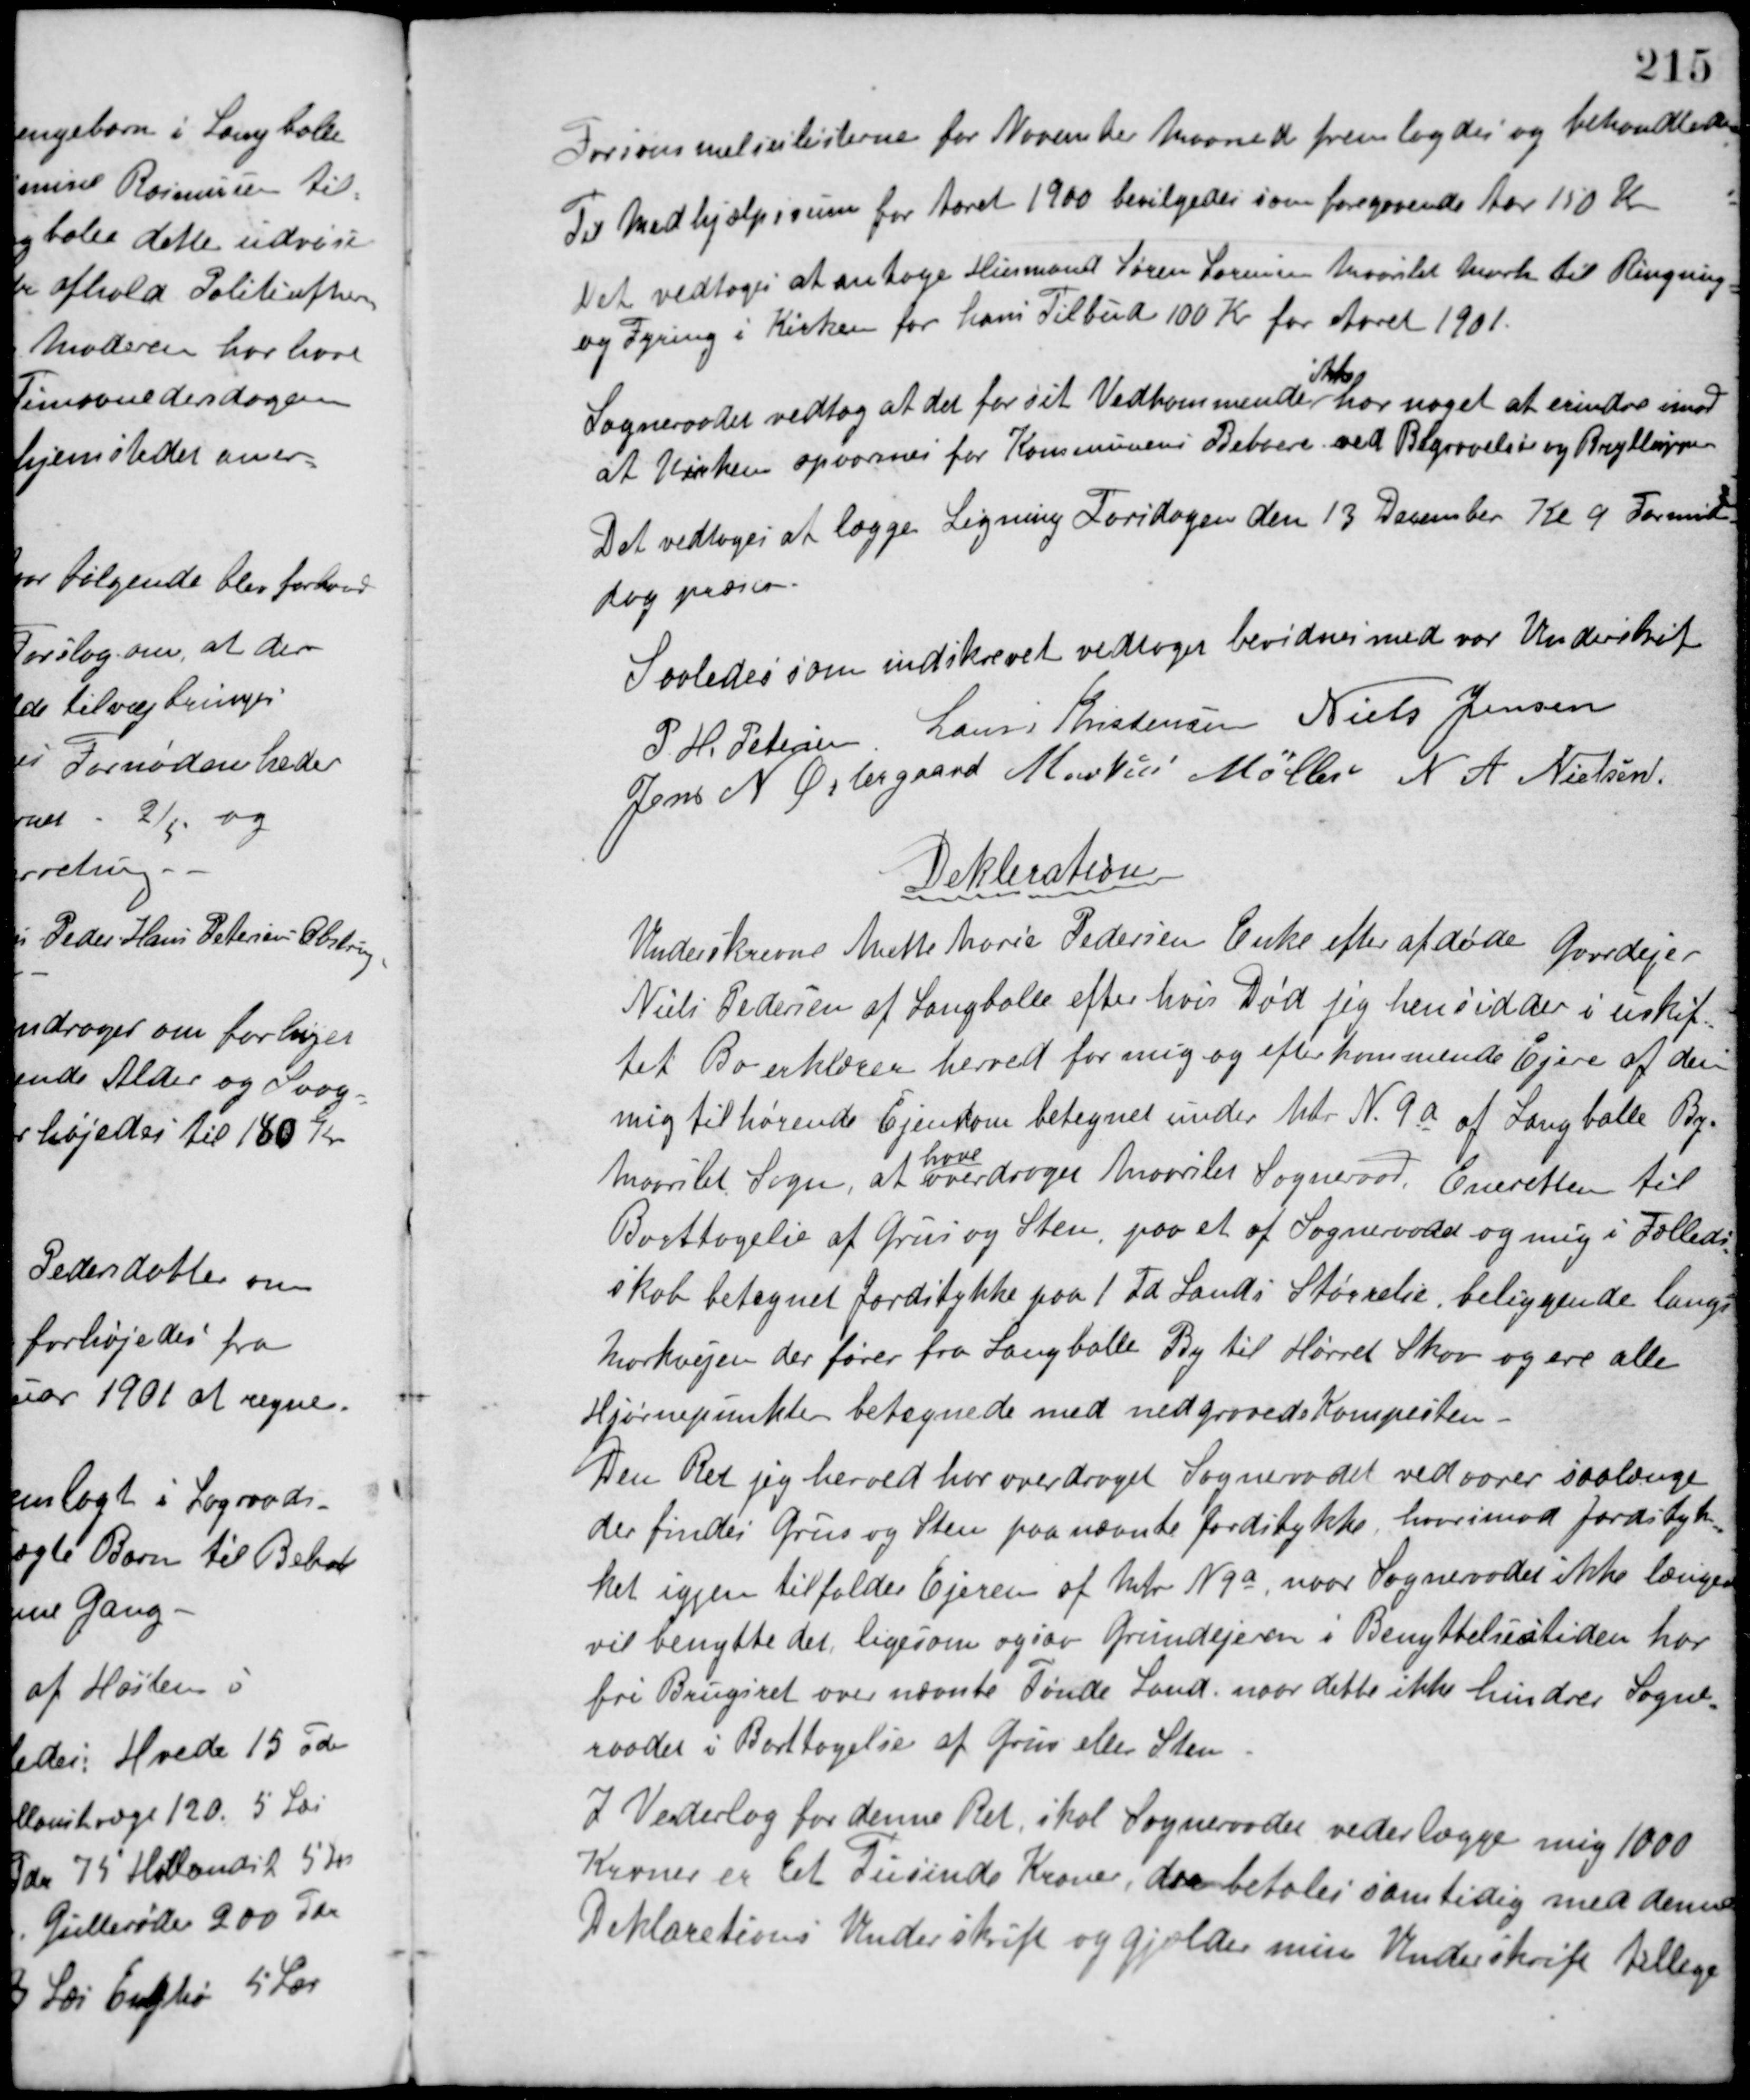
Transskription:
Forsømmelseslisterne for November Maaned fremlagdes og behandledes.
Til Medhjælpssum for Aaret 1900 bevilgedes som foregaaende Aar 150 Kr.
Det vedtoges at antage Husmand Søren Sørensen Maarslet Mark til Ringning
og Fyring i Kirken for hans Tilbud 100 Kr. for Aaret 1901.
Sogneraadet vedtog at det for sit Vedkommende
ikke
har noget at erindre imod
at Kirken opvarmes for Kommunens Beboere ved Begravelser og Bryllupper.
Det vedtoges at lægge Ligning Torsdagen den 13 December Kl. 9 Formid-
dag præcis.
Saaledes som indskrevet vedtaget bevidnes med vor Underskrift
P. H. Petersen Laurs Kristensen Niels Jensen
Jens N. Østergaard Morten Møller N. A. Nielsen
Dekleration
Underskrevne Mette Marie Pedersen Enke efter afdøde Gaardejer
Niels Pedersen af Langballe efter hvis Død jeg hensidder i uskif-
tet Bo erklærer herved for mig og efterkommende Ejere af den
mig tilhørende Ejendom betegnet under Mtr. N. 9a af Langballe By,
Maarslet Sogn, at
have
overdraget Maarslet Sogneraad, Eneretten til
Borttagelse af Grus og Sten, paa et af Sogneraadet og mig i Fælleds-
skab betegnet Jordstykke paa 1 Td Land i Størrelse, beliggende langs
Markvejen der fører fra Langballe By til Hørret Skov og ere alle
Hjørnepunkter betegnede med nedgravede Kampesten.
Den Ret jeg herved har overdraget Sognerådet vedrører saalænge
der findes Grus og Sten paa nævnte Jordstykke, hvorimod Jordstyk-
ket igjen tilfalder Ejeren af Mtr. N. 9a naar Sogneraadet ikke længere
vil benytte det, ligesom ogsaa Grundejeren i Benyttelsestiden har
fri Brugsret over nævnte Tønde Land, naar dette ikke hindrer Sogne-
raadet i Borttagelse af Grus eller Sten
I Vederlag for denne Ret, skal Sogneraadet vederlægge mig 1000
Kroner er Et Tusinde Kroner, der betales samtidig med denne
Deklarations Underskrift og gjælder min Underskrift tillige